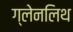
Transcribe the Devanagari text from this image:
ग्लेनलिथ